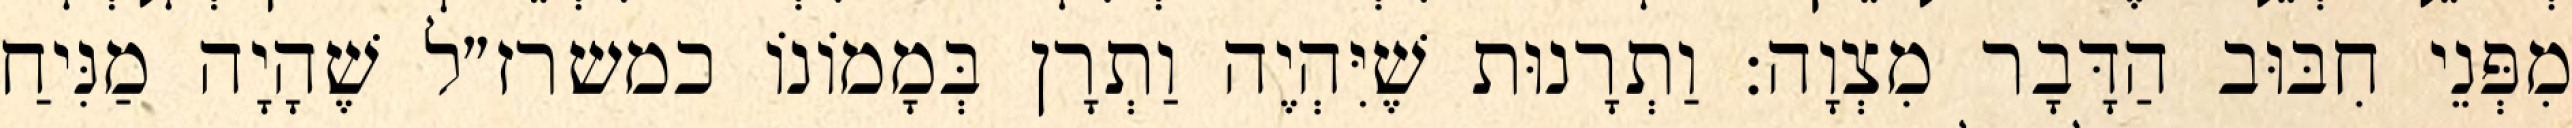
מִפְּנֵי חִבּוּב הַדָּבָר מִצְוָה: וַתְרָנוּת שֶׁיִּהְיֶה וַתְרָן בְּמָמוֹנוֹ כמשרז״ל שֶׁהָיָה מַנִּיחַ